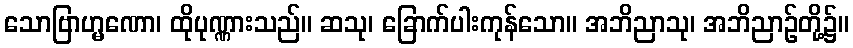
သောဗြာဟ္မဏော၊ ထိုပုဏ္ဏားသည်။ ဆသု၊ ခြောက်ပါးကုန်သော။ အဘိညာသု၊ အဘိညာဉ်တို့၌။